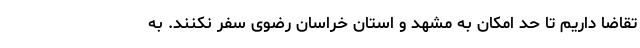
تقاضا داریم تا حد امکان به مشهد و استان خراسان رضوی سفر نکنند. به